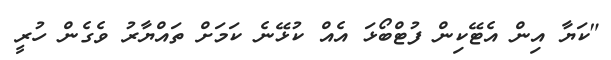
"ކަޔާ އިން އެޓޭކިން ފުޓްބޯޅަ އެއް ކުޅޭނެ ކަމަށް ތައްޔާރު ވެގެން ހުރީ